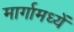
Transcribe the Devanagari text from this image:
मार्गामध्यें